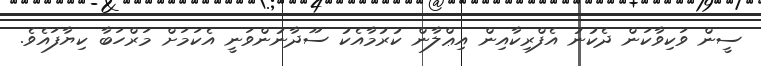
ސީން ވަކިވާކަން ދެކުނު އެފްރިކާއިން އިޢްލާން ކުރުމާއެކު ސޫދާނުންވަނީ އެކަމަށް މަރްހަބާ ކިޔާފައެވެ.